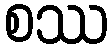
စဿ